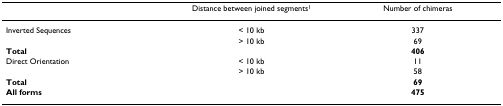
<table><thead><tr><td></td><td><b>Distance between joined segments<sup>1</sup></b></td><td><b>Number of chimeras</b></td></tr></thead><tbody><tr><td>Inverted Sequences</td><td>&lt; 10 kb</td><td>337</td></tr><tr><td></td><td>&gt; 10 kb</td><td>69</td></tr><tr><td><b>Total</b></td><td></td><td><b>406</b></td></tr><tr><td>Direct Orientation</td><td>&lt; 10 kb</td><td>11</td></tr><tr><td></td><td>&gt; 10 kb</td><td>58</td></tr><tr><td><b>Total</b></td><td></td><td><b>69</b></td></tr><tr><td><b>All forms</b></td><td></td><td><b>475</b></td></tr></tbody></table>